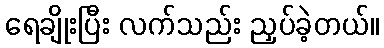
ရေချိုးပြီး လက်သည်း ညှပ်ခဲ့တယ်။